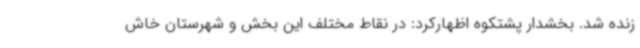
زنده شد. بخشدار پشتکوه اظهارکرد: در نقاط مختلف این بخش و شهرستان خاش